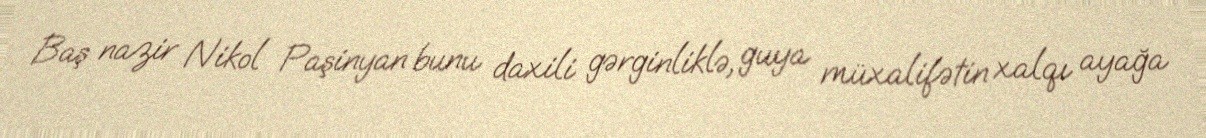
Baş nazir Nikol Paşinyan bunu daxili gərginliklə, guya müxalifətin xalqı ayağa